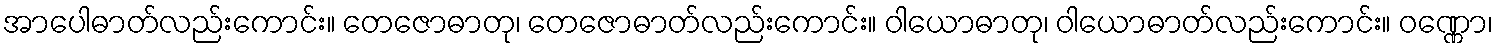
အာပေါဓာတ်လည်းကောင်း။ တေဇောဓာတု၊ တေဇောဓာတ်လည်းကောင်း။ ဝါယောဓာတု၊ ဝါယောဓာတ်လည်းကောင်း။ ဝဏ္ဏော၊